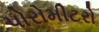
પોરોમીટરો